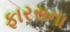
ફારસના